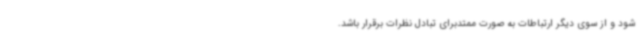
شود و از سوی دیگر ارتباطات به صورت ممتدبرای تبادل نظرات برقرار باشد.